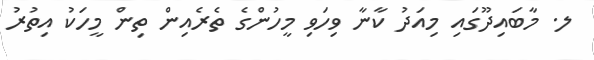
ލ. މާބައިދޫގައި މިއަދު ކާނާ ވިހަވި މީހުންގެ ތެރެއިން ތިން މީހަކު އިތުރު